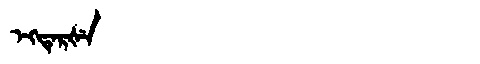
Manchu: ᡝᡴᡨᡝᡵᡧᡝ
Romanization: EKTERŠE